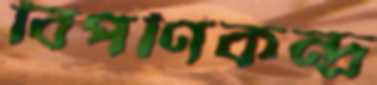
বিপণিকন্দ্র